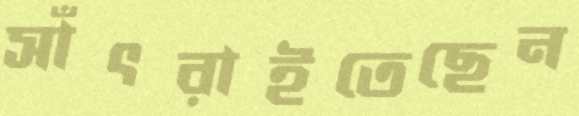
সাঁৎরাইতেছেন